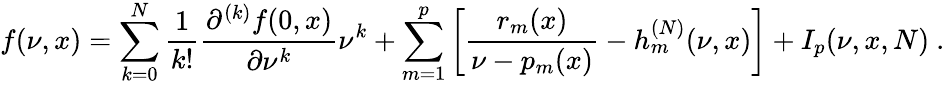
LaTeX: f(\nu,x)=\sum_{k=0}^{N}\frac{1}{k!}\frac{\partial^{(k)}f(0,x)}{\partial\nu^{k}}\nu^{k}+\sum_{m=1}^{p}\left[\frac{r_{m}(x)}{\nu-p_{m}(x)}-h_{m}^{(N)}(\nu,x)\right]+I_{p}(\nu,x,N)\ .